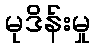
မုဒိန်းမှု